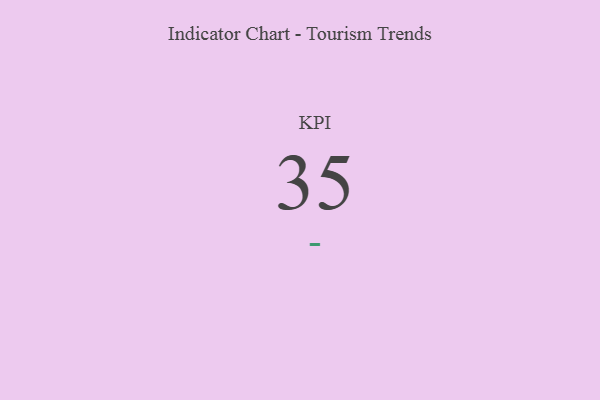
{"axis": {"x": "KPI", "y": "Value"}, "legend": [""], "data": [{"x": "KPI", "y": 35, "type": ""}]}